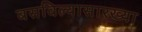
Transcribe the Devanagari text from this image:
बसविल्यासारख्या